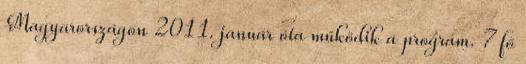
Magyarországon 2011. január óta működik a program. 7 fő